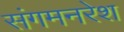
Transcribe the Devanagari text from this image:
संगमनरेश